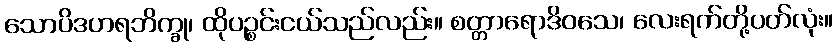
သောပိဒဟရဘိက္ခု၊ ထိုပဉ္စင်းငယ်သည်လည်း။ စတ္တာရောဒိဝသေ၊ လေးရက်တို့ပတ်လုံး။